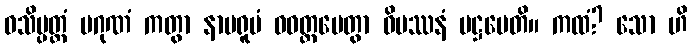
ဝသိပ္ပတ္တံ ပဂုဏံ ကတွာ နာမရူပံ ဝဝတ္ထပေတွာ ဝိပဿနံ ပဋ္ဌပေတိ။ ကထံ? သော ဟိ